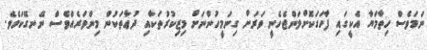
ނަމަވެސް ހިތާމަޔާ އެކީގައި ފާހަގަކޮށްލަންޖެހެނީ ވަރަށް ގިނަމީހުންނަށް މިޒިކުރުތަކާއި ދުޢާތަކުން މިންވަރެއްވެސް ނޭނގޭކަމެވެ.